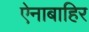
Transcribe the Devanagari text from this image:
ऐनाबाहिर